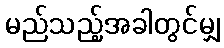
မည်သည့်အခါတွင်မျှ